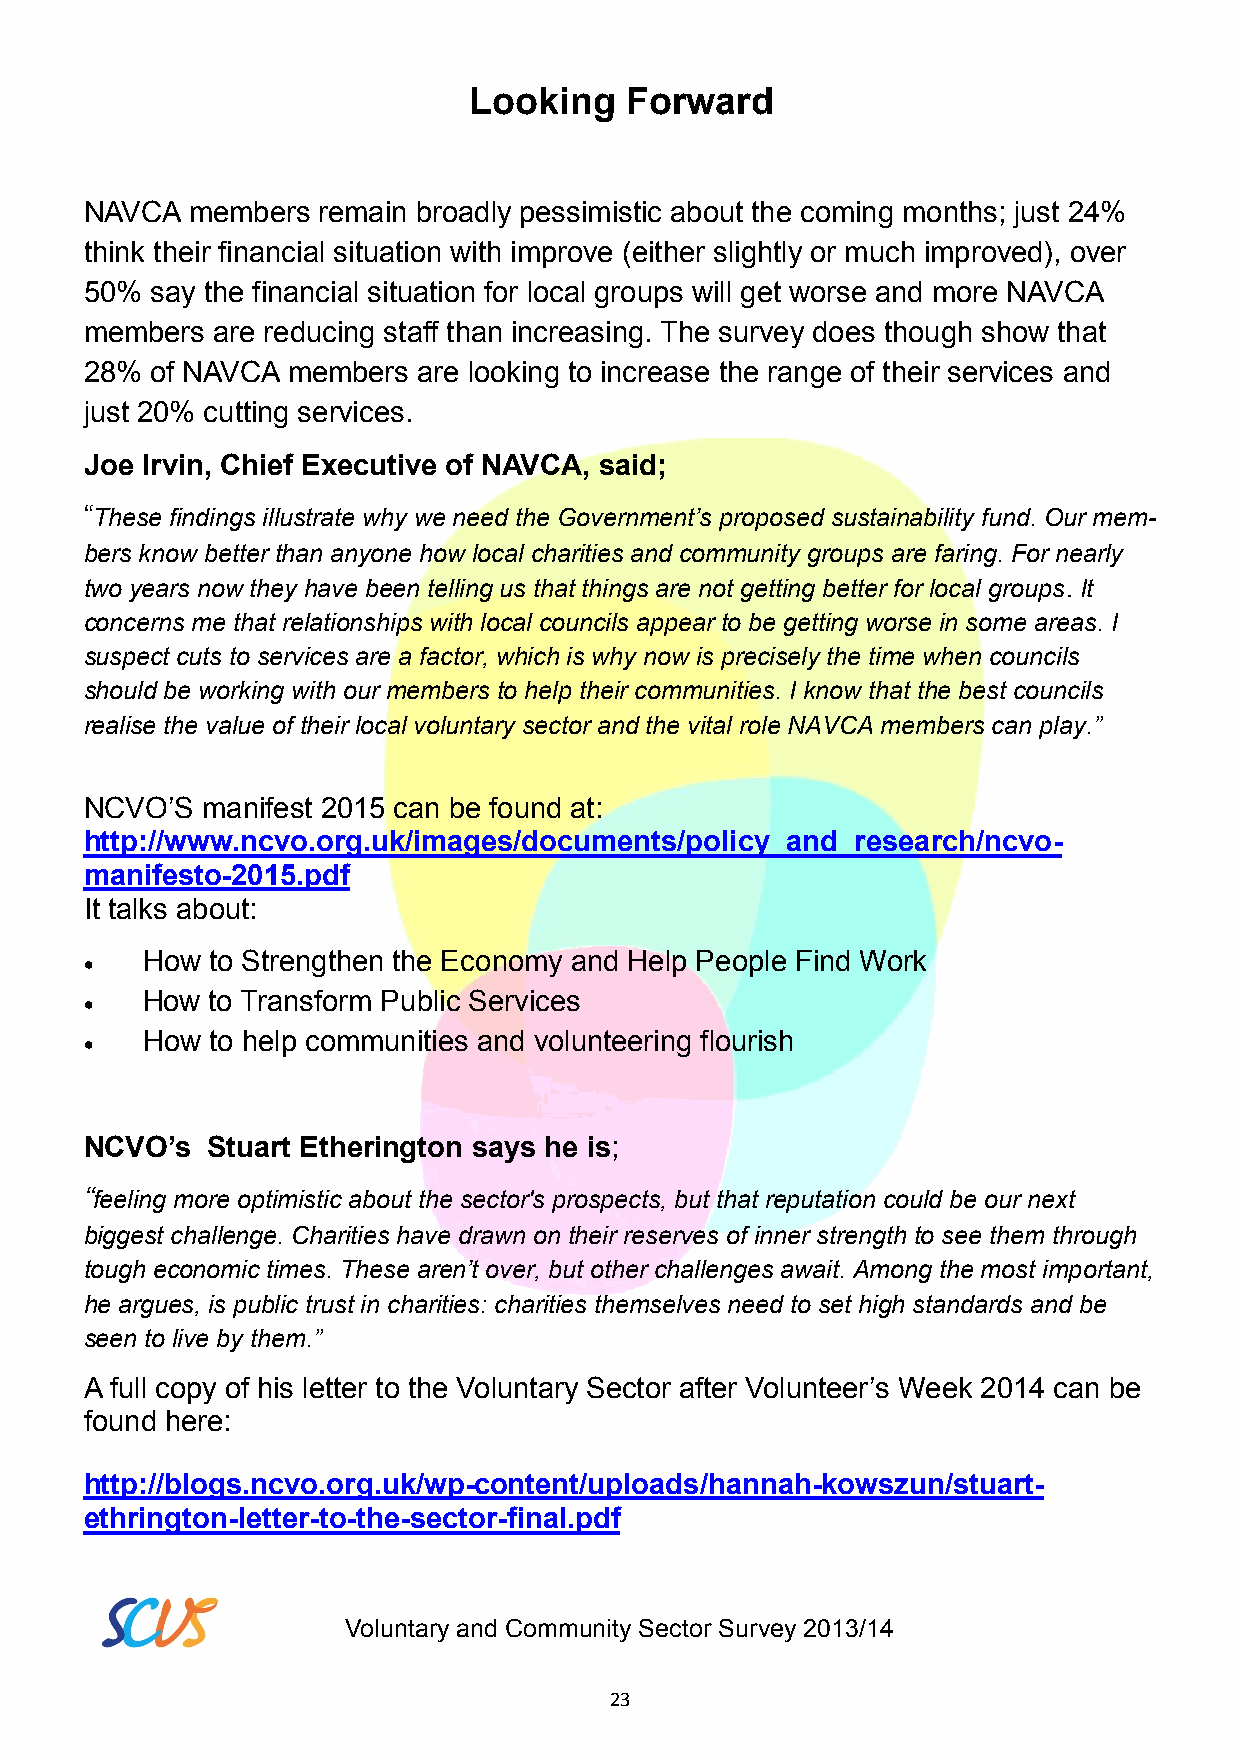
Looking   Forward
 NAVCA members  remain broadly pessimistic about the coming months; just 24%
 think their financial situation with improve (either slightly or much improved), over
 50% say the financial situation for local groups will get worse and more NAVCA
 members are reducing staff than increasing. The survey does though show that
 28% of NAVCA members  are looking to increase the range of their services and
 just 20% cutting services.
 Joe Irvin, Chief Executive of NAVCA, said;
 “These findings illustrate why we need the Government’s proposed sustainability fund. Our mem-
 bers know better than anyone how local charities and community groups are faring. For nearly
 two years now they have been telling us that things are not getting better for local groups. It
 concerns me that relationships with local councils appear to be getting worse in some areas. I
 suspect cuts to services are a factor, which is why now is precisely the time when councils
 should be working with our members to help their communities. I know that the best councils
 realise the value of their local voluntary sector and the vital role NAVCA members can play.”
 NCVO’S manifest 2015 can be found at:
 http://www.ncvo.org.uk/images/documents/policy_and_research/ncvo-
 manifesto-2015.pdf
 It talks about:
 How  to Strengthen the Economy and Help People Find Work
 
 How  to Transform Public Services
 
 How  to help communities and volunteering flourish
 
 NCVO’s  Stuart Etherington says he is;
 “feeling more optimistic about the sector's prospects, but that reputation could be our next
 biggest challenge. Charities have drawn on their reserves of inner strength to see them through
 tough economic times. These aren’t over, but other challenges await. Among the most important,
 he argues, is public trust in charities: charities themselves need to set high standards and be
 seen to live by them.”
 A full copy of his letter to the Voluntary Sector after Volunteer’s Week 2014 can be
 found here:
 http://blogs.ncvo.org.uk/wp-content/uploads/hannah-kowszun/stuart-
 ethrington-letter-to-the-sector-final.pdf
 Voluntary and Community Sector Survey 2013/14
 23